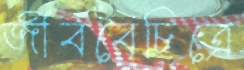
জীববৈচিত্রে